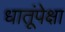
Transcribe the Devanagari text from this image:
धातूंपेक्षा